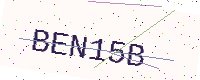
Text: BEN15B